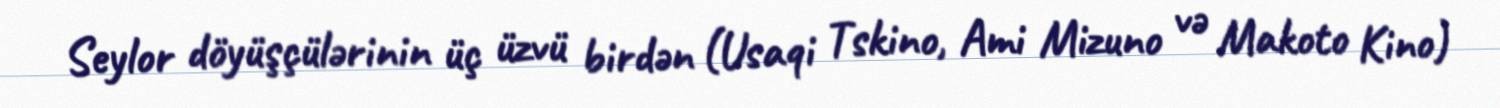
Seylor döyüşçülərinin üç üzvü birdən (Usaqi Tskino, Ami Mizuno və Makoto Kino)